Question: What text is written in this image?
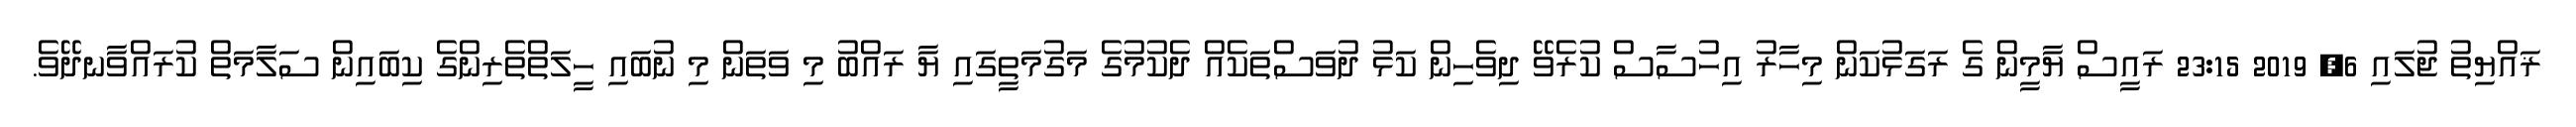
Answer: ޜައްޔިތު ޖުލައި 6, 2019 23:15 ރައީސް ޔާމީން ގެ ރަގަޅުކަން މިހާރު އިހުސާސް ކުރެވޭ ދިވެހިން ކަޅު ދުވަސްތަކެއް ދެކުމުގެ މަގުމަތީގައި ޔާ ރައްބު މި ވަތަން މި ނުބައި ހީލަތްތެރިންގެ ކިބައިން ސަލާމަތް ކުރައްވާނދޭވެ.